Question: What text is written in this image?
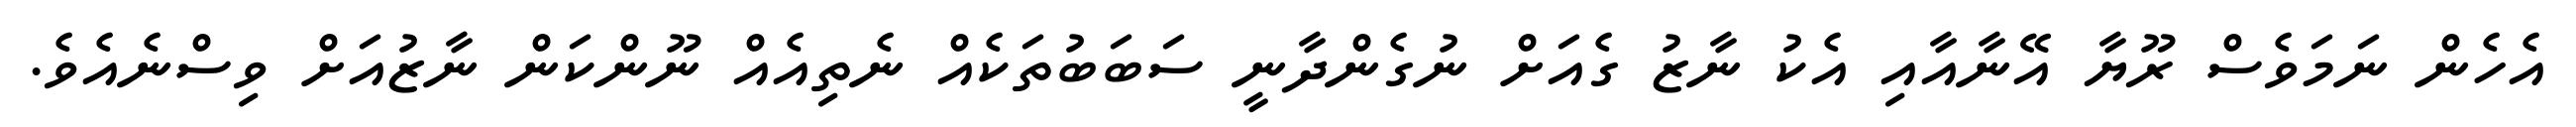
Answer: އެހެން ނަމަވެސް ރޫޔާ އޭނާއާއި އެކު ނާޒު ގެއަށް ނުގެންދާނީ ސަބަބުތަކެއް ނެތިއެއް ނޫންކަން ނާޒުއަށް ވިސްނެއެވެ.